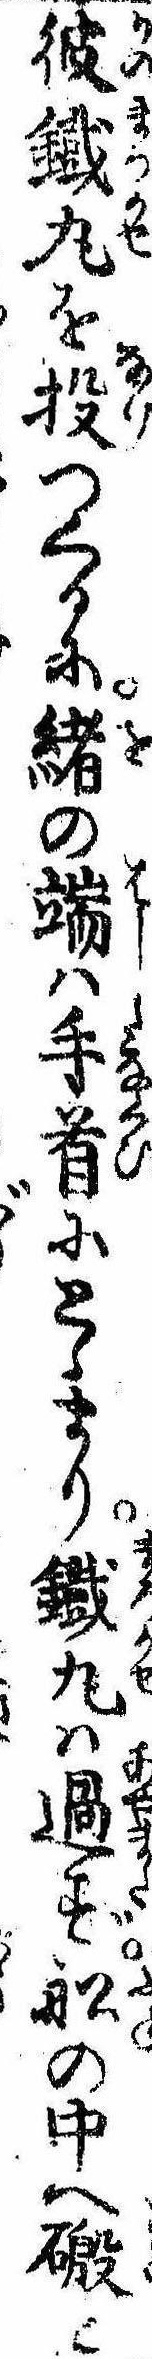
彼鉄丸を投つくるに緒の端は手首にとゝまり鉄丸は過ず船の中へと